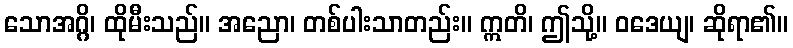
သောအဂ္ဂိ၊ ထိုမီးသည်။ အညော၊ တစ်ပါးသာတည်း။ ဣတိ၊ ဤသို့။ ဝဒေယျ၊ ဆိုရာ၏။